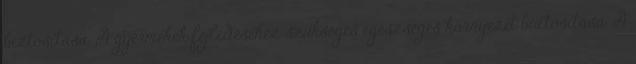
biztosítása. A gyermekek fejlıdéséhez szükséges egészséges környezet biztosítása. A